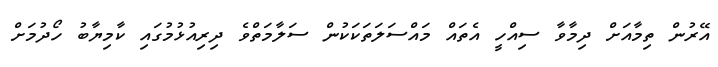
އޭރުން ތިމާއަށް ދިމާވާ ސިއްހީ އެތައް މައްސަލަތަކަކުން ސަލާމަތްވެ ދިރިއުޅުމުގައި ކާމިޔާބު ހޯދުމަށް